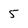
Character: 5